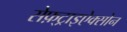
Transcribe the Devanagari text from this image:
सेफ़्ट्राइऐक्सोन